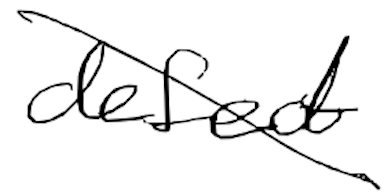
Text: defect
Cross-out: diagonal
Writing tool: digital_black